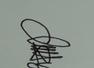
Signature authenticity: genuine